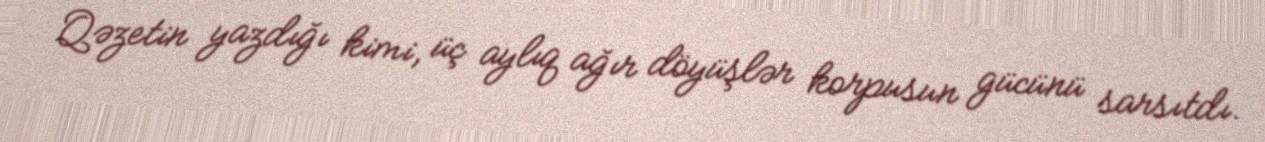
Qəzetin yazdığı kimi, üç aylıq ağır döyüşlər korpusun gücünü sarsıtdı.